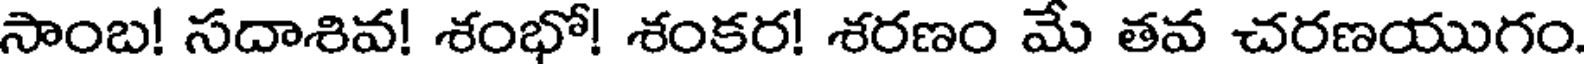
సాంబ! సదాశివ! శంభో! శంకర! శరణం మే తవ చరణయుగం